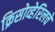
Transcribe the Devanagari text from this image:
क्रिसोव्हेरिलचे